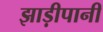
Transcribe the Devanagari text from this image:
झाड़ीपानी